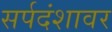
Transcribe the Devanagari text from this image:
सर्पदंशावर